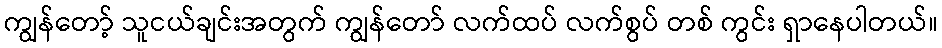
ကျွန်တော့် သူငယ်ချင်းအတွက် ကျွန်တော် လက်ထပ် လက်စွပ် တစ် ကွင်း ရှာနေပါတယ်။